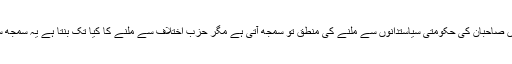
ویسے ان دونوں صاحبان کی حکومتی سیاستدانوں سے ملنے کی منطق تو سمجھ آتی ہے مگر حزب اختلاف سے ملنے کا کیا تک بنتا ہے یہ سمجھ سے بالاتر ہے۔